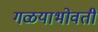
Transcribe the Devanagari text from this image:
गळयाभोवती